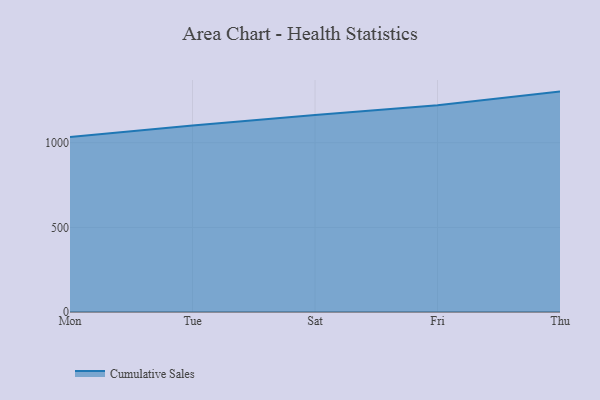
{"axis": {"x": "Day", "y": "Satisfaction Score"}, "legend": ["Cumulative Sales"], "data": [{"x": "Mon", "y": 1034.6, "type": "Cumulative Sales"}, {"x": "Tue", "y": 1102.4, "type": "Cumulative Sales"}, {"x": "Sat", "y": 1164.7, "type": "Cumulative Sales"}, {"x": "Fri", "y": 1221.6, "type": "Cumulative Sales"}, {"x": "Thu", "y": 1302.5, "type": "Cumulative Sales"}]}